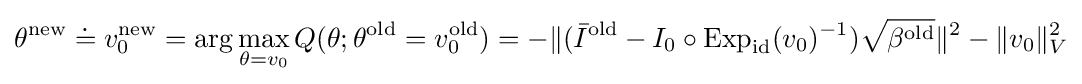
\theta ^{\text{new}}\doteq v_{0}^{\text{new}}=\arg \max _{\theta =v_{0}}Q(\theta ;\theta ^{\text{old}}=v_{0}^{\text{old}})=-\|({\bar {I}}^{\text{old}}-I_{0}\circ \mathrm {Exp} _{\mathrm {id} }(v_{0})^{-1}){\sqrt {\beta ^{\text{old}}}}\|^{2}-\|v_{0}\|_{V}^{2}